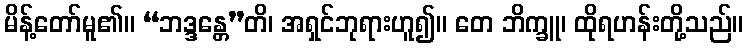
မိန့်တော်မူ၏။ “ဘဒ္ဒန္တေ”တိ၊ အရှင်ဘုရားဟူ၍။ တေ ဘိက္ခူ၊ ထိုရဟန်းတို့သည်။